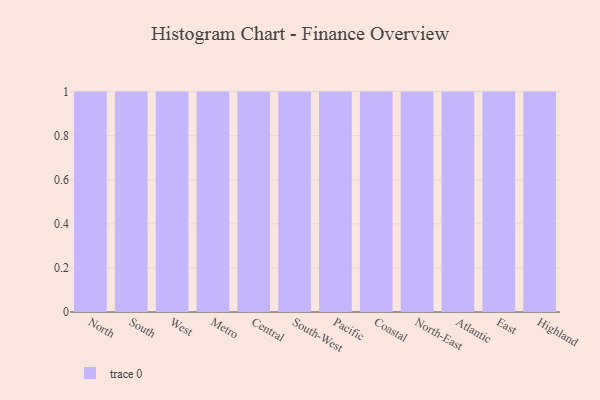
{"axis": {"x": "Region", "y": "Operating Costs (USD K)"}, "legend": [""], "data": [{"x": "North", "y": 85, "type": ""}, {"x": "South", "y": 38, "type": ""}, {"x": "West", "y": 29, "type": ""}, {"x": "Metro", "y": 71, "type": ""}, {"x": "Central", "y": 63, "type": ""}, {"x": "South-West", "y": 40, "type": ""}, {"x": "Pacific", "y": 42, "type": ""}, {"x": "Coastal", "y": 77, "type": ""}, {"x": "North-East", "y": 33, "type": ""}, {"x": "Atlantic", "y": 36, "type": ""}, {"x": "East", "y": 19, "type": ""}, {"x": "Highland", "y": 14, "type": ""}]}